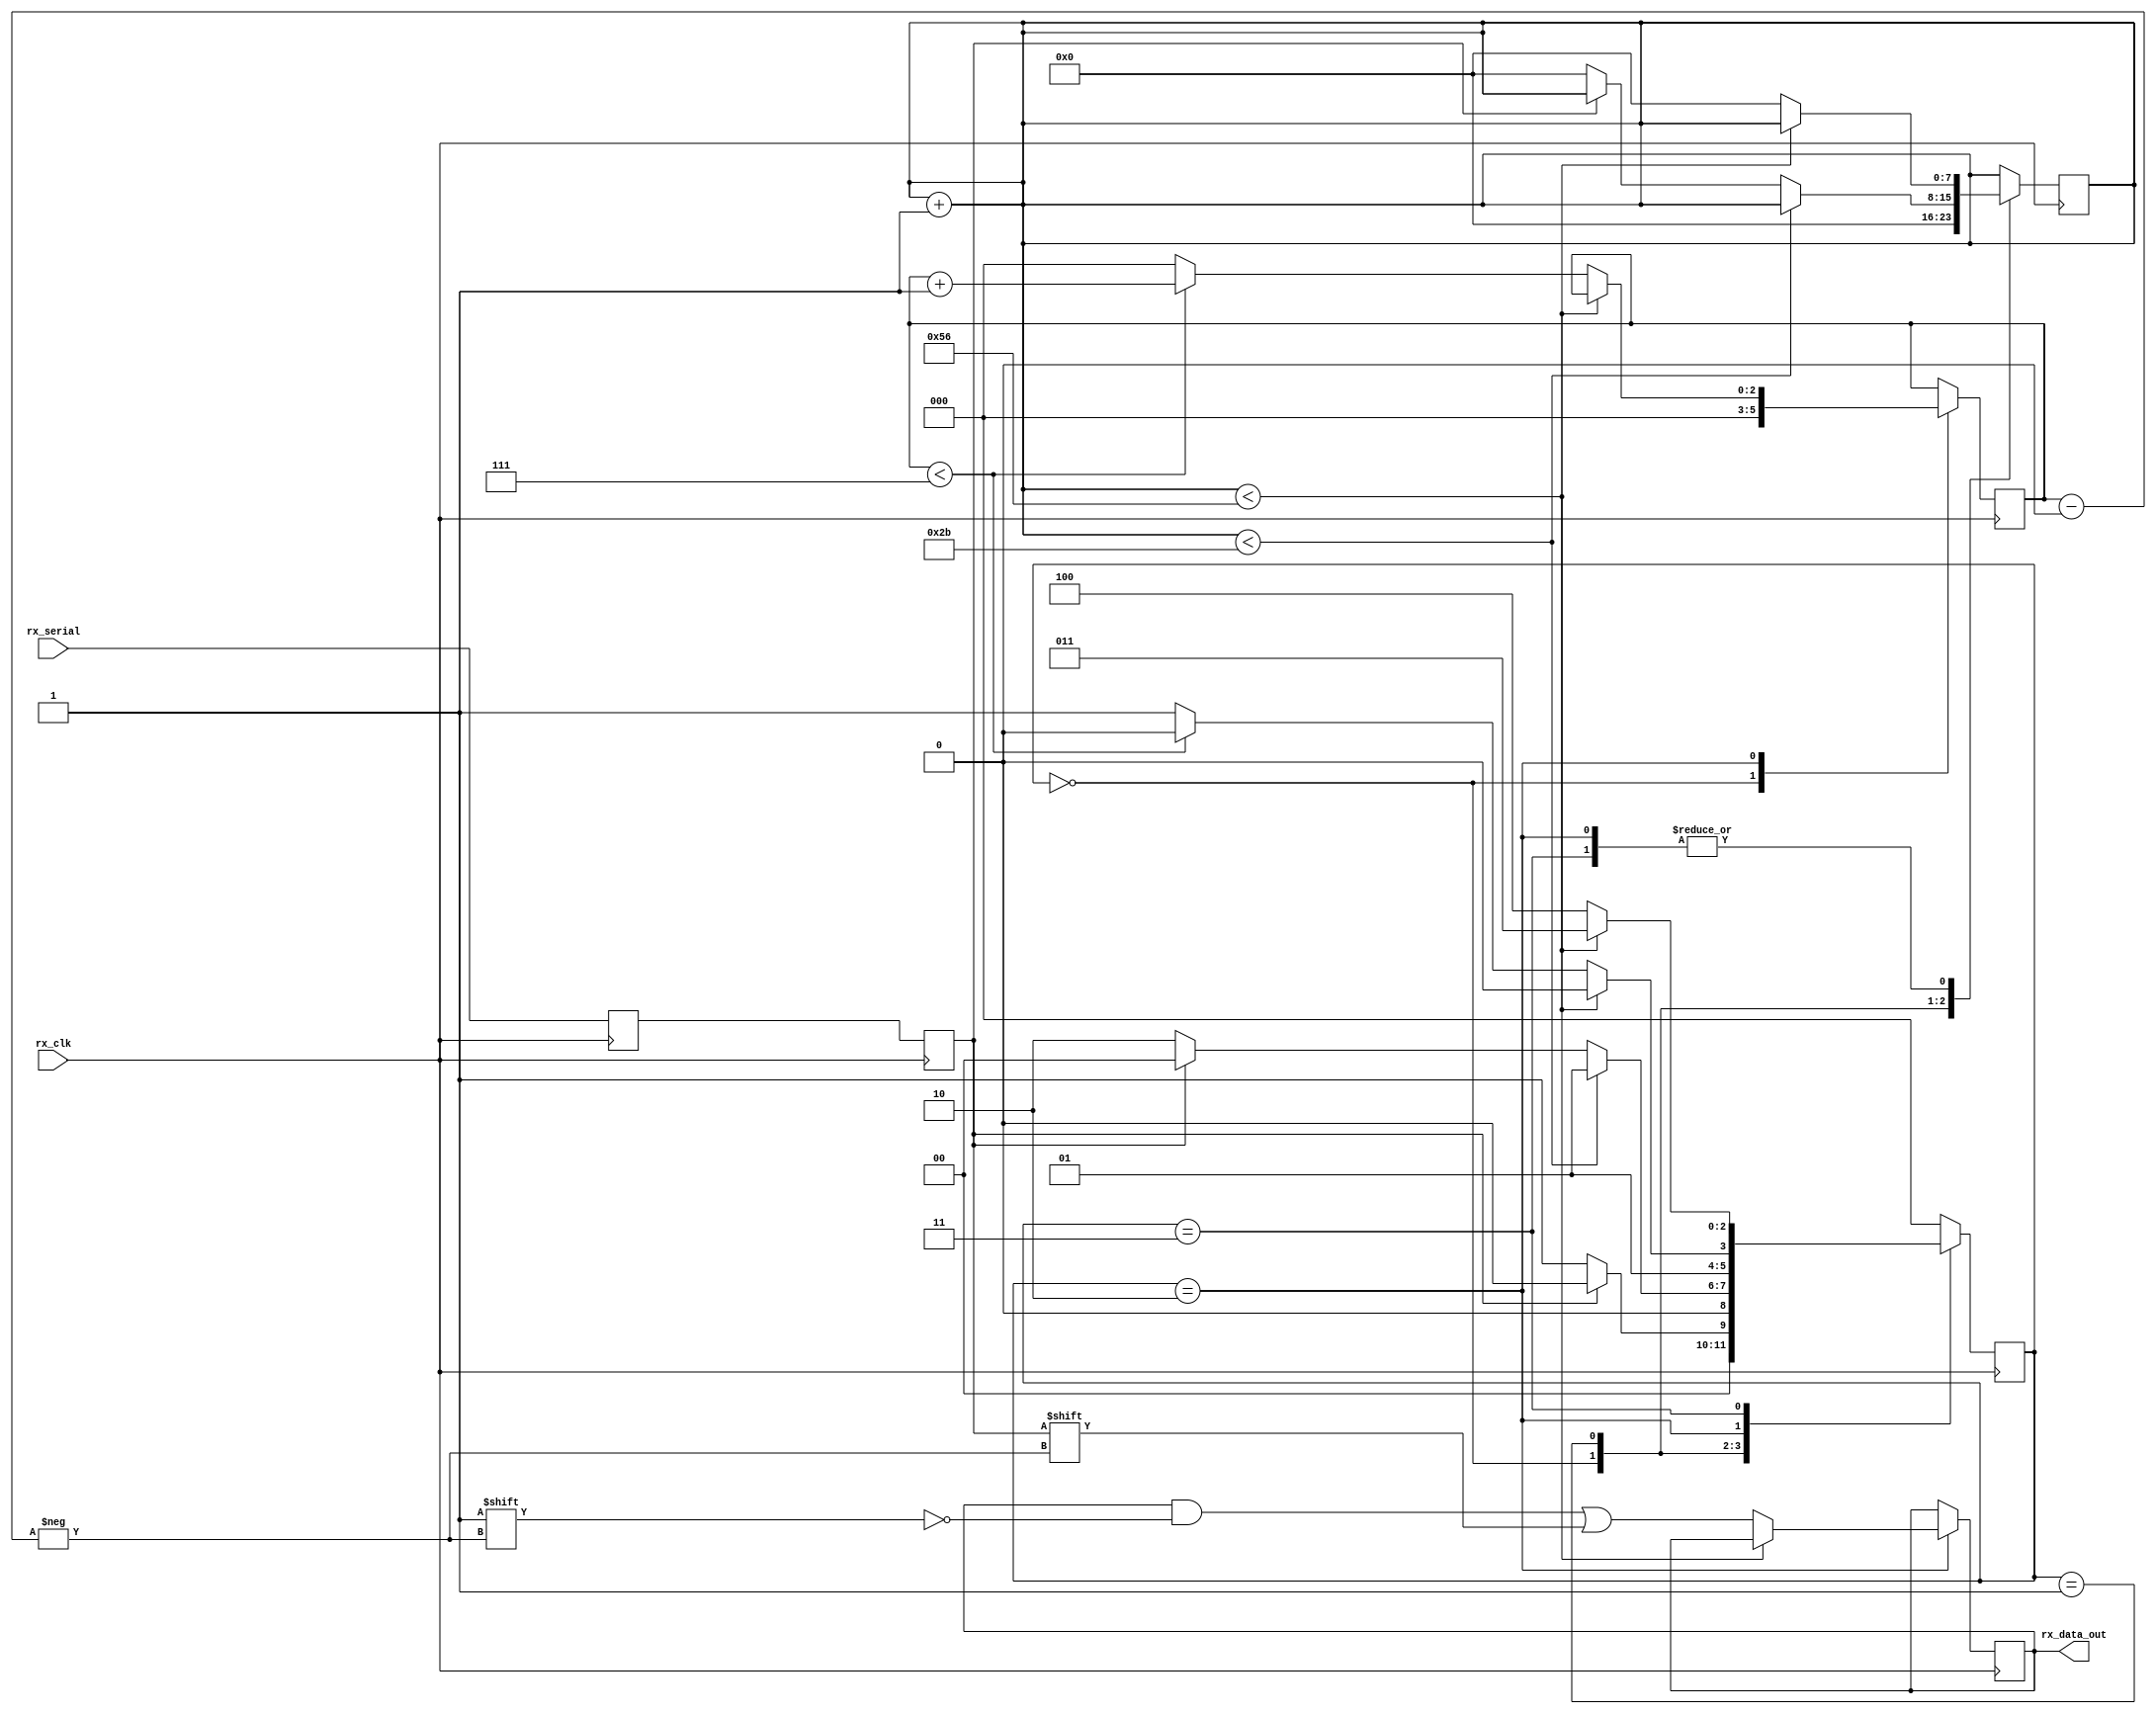
module uart_rx
    #(parameter CLKS_PER_BIT = 87)
    (output [7:0] rx_data_out,          //Data to be sent to the computer
    input rx_serial,                        //Serial data being received bit by bit
    input rx_clk                            //Clock Input
    );
    
    //Parameters for State Machine to be used to change conditions (or states) the case statement
    parameter RX_IDLE       = 3'b000;
    parameter RX_START_BIT  = 3'b001;
    parameter RX_DATA_BIT   = 3'b010;
    parameter RX_STOP_BIT   = 3'b011;
    parameter RX_CLEANUP    = 3'b100;
    
    reg rx_bit          = 1'b1;             //This stores the data bits from the serial communication to remove metastability
    reg rx_data         = 1'b1;             //This contains the data bits which will be used to transfer data to the receiver computer
    
    reg [7:0] rx_byte       = 8'b0;         //Data byte stored by receiver before sending to the computer
    reg [7:0] clk_count     = 8'b0;         //Counts number of clock cycles passed
    reg [2:0] rx_state      = 3'b0;         //To be used to store states
    reg [2:0] rx_bit_index  = 3'b0;         //Index of the received bit
    
    always @(rx_clk) clk_count <= clk_count + 1'b1;
    
    always @(posedge rx_clk) begin
        rx_bit  <= rx_serial;
        rx_data <= rx_bit;
    end
    
    always @(posedge rx_clk) begin
        
        case(rx_state)
            //When the device is idle
            RX_IDLE:
            begin
                clk_count    <= 1'b0;
                rx_bit_index <= 1'b0;
                
                if (rx_data == 1'b0) begin          //Runs when start bit is received (transition from high to low)
                    rx_state <= RX_START_BIT;
                end
                else begin
                    rx_state <= RX_IDLE;
                end
            end
            
            //Check the middle of the start bit
            RX_START_BIT:
            begin
                if (clk_count < (CLKS_PER_BIT - 1'b1)/2) begin
                    rx_state  <= RX_START_BIT;
                end
                else begin
                    if (rx_data == 1'b0) begin
                        clk_count <= 8'b0;
                        rx_state  <= RX_DATA_BIT;
                    end
                    else begin
                        rx_state <= RX_IDLE;
                    end
                end
            end
            
            //Check the middle of the data bits and sample data
            RX_DATA_BIT:
            begin
                if (clk_count < CLKS_PER_BIT - 1) begin
                    rx_state    <= RX_DATA_BIT;
                end
                else begin
                    clk_count               <= 8'b0;
                    rx_byte[rx_bit_index]   <= rx_data;
                    
                    //Check if received all the bits
                    if (rx_bit_index < 3'b111) begin
                        rx_bit_index    <= rx_bit_index + 1'b1;
                        rx_state        <= RX_DATA_BIT;
                    end
                    else begin
                        rx_bit_index    <= 3'b0;
                        rx_state        <= RX_STOP_BIT;
                    end
                end
            end
            
            //Receive stop bit. Stop bit = 1'b1
            RX_STOP_BIT:
            begin
                if (clk_count < CLKS_PER_BIT - 1) begin
                    rx_state    <= RX_STOP_BIT;
                end
                else begin
                    if (rx_data == 1'b1) begin
                        clk_count   <= 8'b0;
                        rx_state    <= RX_CLEANUP;
                    end
                    else begin
                        clk_count   <= 3'b0;
                        rx_state    <= RX_CLEANUP;
                    end
                end
            end
            
            //Clean the state and stay here for 1 clock cycle
            RX_CLEANUP:
            begin
                rx_state    <= RX_IDLE;
            end
            
            //Default statement to stay in idle mode
            default:
                rx_state    <= RX_IDLE;
            
        endcase
        
    end
    
    assign rx_data_out  = rx_byte;
    
endmodule